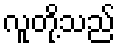
လူတို့သည်